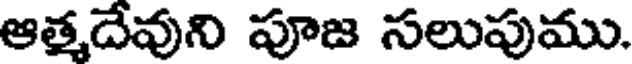
ఆత్మదేవుని పూజ సలుపుము.